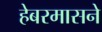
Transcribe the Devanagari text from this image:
हेबरमासने